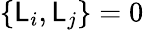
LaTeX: \{ \mathsf{L}_{i},\mathsf{L}_{j}\} =0